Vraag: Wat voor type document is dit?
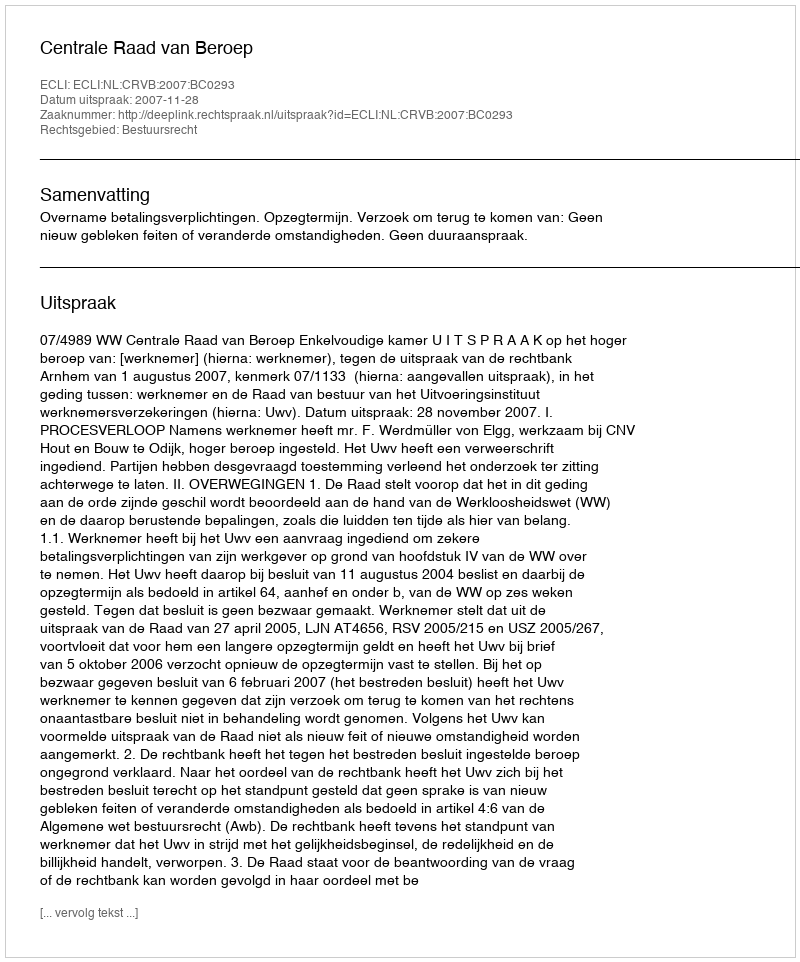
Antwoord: Uitspraak